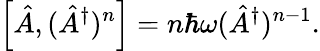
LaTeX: \left[\hat{A},(\hat{A}^{\dagger})^{n}\right]=n\hbar\omega(\hat{A}^{\dagger})^{n-1}.